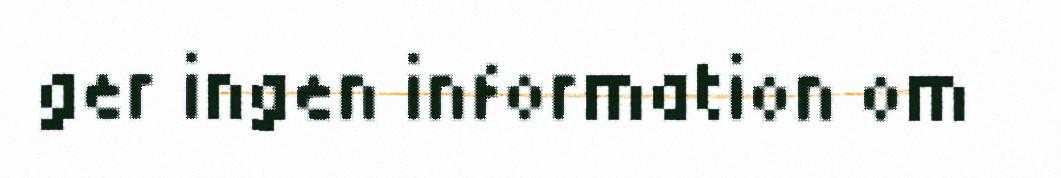
ger ingen information om